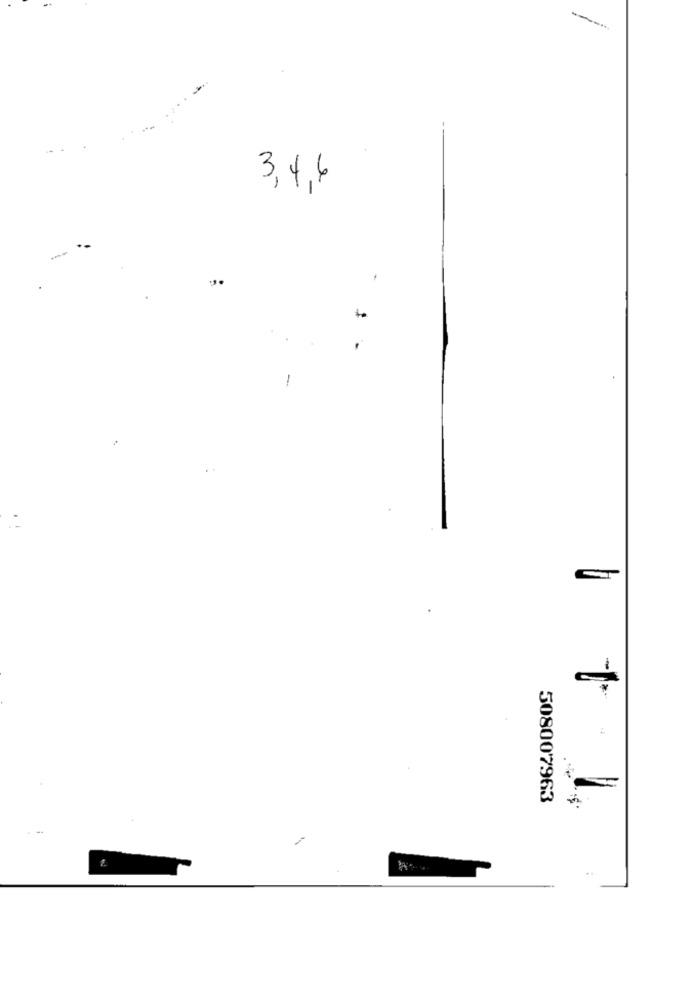
3,4,6
-
:
508007963
1.